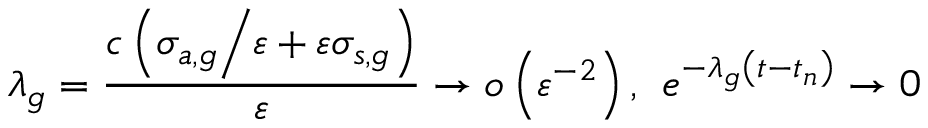
\lambda _ { g } = \frac { c \left( { \sigma _ { a , g } \mathord { \left/ { \vphantom { \sigma _ { a , g } \varepsilon } } \right. \kern - \nulldelimiterspace } \varepsilon } + \varepsilon \sigma _ { s , g } \right) } { \varepsilon } \to o \left( \varepsilon ^ { - 2 } \right) \mathrm { , } \; \; e ^ { - \lambda _ { g } \left( t - t _ { n } \right) } \to 0